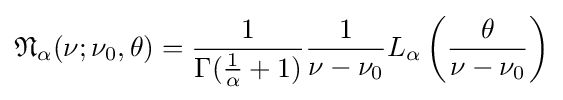
{\mathfrak {N}}_{\alpha }(\nu ;\nu _{0},\theta )={\frac {1}{\Gamma ({\frac {1}{\alpha }}+1)}}{\frac {1}{\nu -\nu _{0}}}L_{\alpha }\left({\frac {\theta }{\nu -\nu _{0}}}\right)